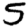
Digit: 5